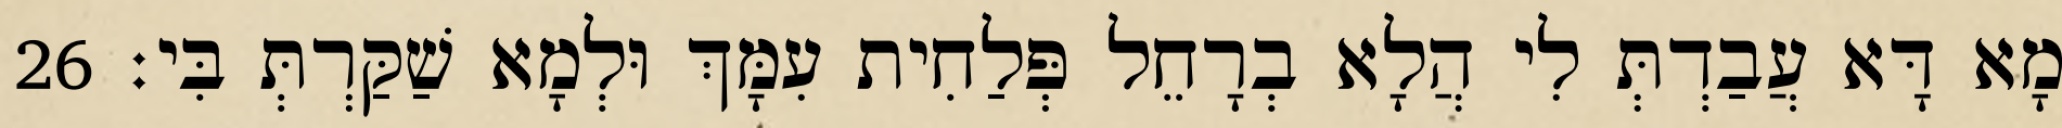
מָא דָּא עֲבַדְתְּ לִי הֲלָא בְרָחֵל פְּלַחִית עִמָּךְ וּלְמָא שַׁקַּרְתְּ בִּי׃ 26